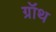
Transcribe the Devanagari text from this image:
ग्रॉथ